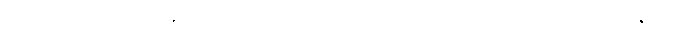
သုတွာ၊ ကြား၍။ ဂန္တုကာမာ၊ သွားခြင်းငှာအလိုရှိသည်။ ဟုတွာ၊ ဖြစ်၍။ ရာဇာနံ၊